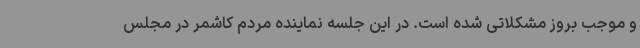
و موجب بروز مشکلاتی شده است. در این جلسه نماینده مردم کاشمر در مجلس